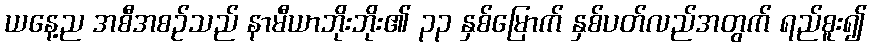
ယနေ့ည အစီအစဉ်သည် နာမီယာဘိုးဘိုး၏ ၃၃ နှစ်မြောက် နှစ်ပတ်လည်အတွက် ရည်စူး၍